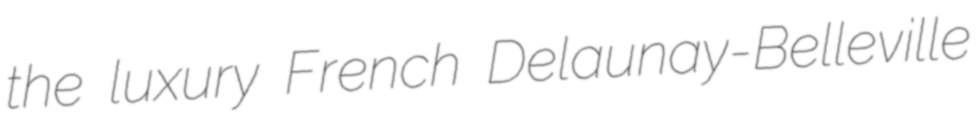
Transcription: the luxury French Delaunay-Belleville